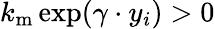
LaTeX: k_{\mathrm{m}}\exp(\gamma\cdot y_{i})>0